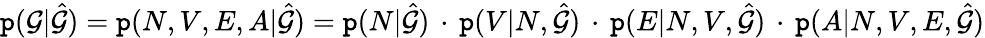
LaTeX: \mathtt{p}(\mathcal{{G}}|\hat{{\mathcal{{G}}}})=\mathtt{p}(N,V,E,A|\hat{{\mathcal{{G}}}})=\mathtt{p}(N|\hat{{\mathcal{{G}}}})\, \cdot\, \mathtt{p}(V|N,\hat{{\mathcal{{G}}}})\, \cdot\, \mathtt{p}(E|N,V,\hat{{\mathcal{{G}}}})\, \cdot\, \mathtt{p}(A|N,V,E,\hat{{\mathcal{{G}}}})